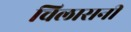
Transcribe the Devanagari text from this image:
चिलासनी